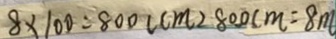
8 \times 1 0 0 = 8 0 0 ( c m ) 8 0 0 c m = 8 m